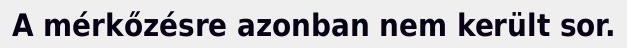
A mérkőzésre azonban nem került sor.